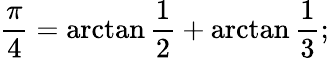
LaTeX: {\frac{\pi}{4}}=\arctan{\frac{1}{2}}+\arctan{\frac{1}{3}};